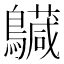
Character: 𪇅